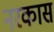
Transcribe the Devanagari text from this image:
नरकास